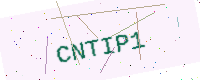
Text: CNTIP1